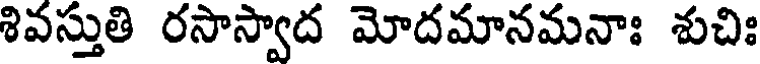
శివస్తుతి రసాస్వాద మోదమానమనాః శుచిః